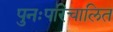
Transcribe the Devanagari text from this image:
पुनःपरिचालित